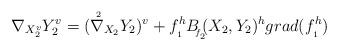
LaTeX: \begin{align*} \nabla _{X_2^v}Y_2^{v}=(\nabla{\hskip -0.2cm^{^{^{2}}}}_{X_2}Y_2)^v+f_{_{1}}^hB{\hskip -0.1cm_{_{f\!_{_{2}}}}}\!\!(X_2,Y_2)^hgrad(f_{_{1}}^h)\end{align*}